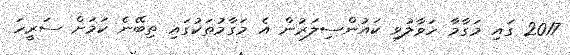
2017 ގައި މަގާމާ ހަވާލުވި ކައުންސިލަރުން އެ މަގާމުތަކުގައި ތިބޭނެ ކަމަށް ސަރީހަ